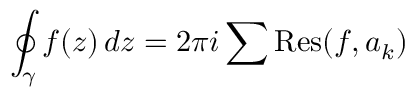
\oint _ { \gamma } f ( z ) \, d z = 2 \pi i \sum \operatorname { R e s } ( f , a _ { k } )